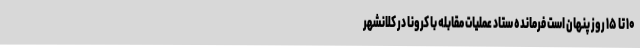
۱۰ تا ۱۵ روز پنهان است فرمانده ستاد عملیات مقابله با کرونا در کلانشهر